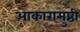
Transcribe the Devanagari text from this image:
आकारामुष्ठी